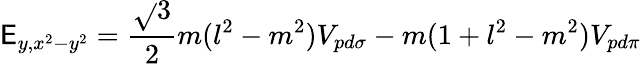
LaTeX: \mathsf{E}_{y,x^{2}-y^{2}}={\frac{{\sqrt{}{{3}}}}{{2}}}m(l^{2}-m^{2})V_{pd\sigma}-m(1+l^{2}-m^{2})V_{pd\pi}